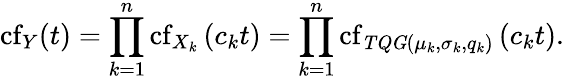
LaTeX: \operatorname{cf}_{Y}(t)=\prod_{k=1}^{n}\operatorname{cf}_{X_{k}}\left(c_{k}t\right)=\prod_{k=1}^{n}\operatorname{cf}_{\mathit{TQG}(\mu_{k},\sigma_{k},q_{k})}\left(c_{k}t\right).